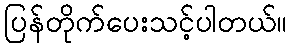
ပြန်တိုက်ပေးသင့်ပါတယ်။